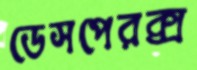
ডেসপেরক্স